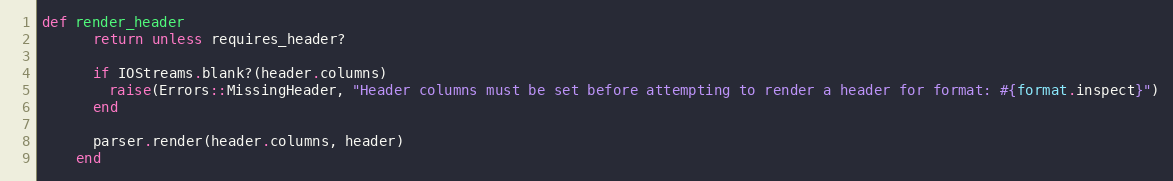
Language: Ruby
def render_header
      return unless requires_header?

      if IOStreams.blank?(header.columns)
        raise(Errors::MissingHeader, "Header columns must be set before attempting to render a header for format: #{format.inspect}")
      end

      parser.render(header.columns, header)
    end